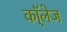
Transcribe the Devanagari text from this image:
कॉ्लेज